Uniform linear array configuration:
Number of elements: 8
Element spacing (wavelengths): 1
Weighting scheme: kaiser
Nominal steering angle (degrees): -30
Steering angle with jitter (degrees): -28.656
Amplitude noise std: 0.05
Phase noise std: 0.05

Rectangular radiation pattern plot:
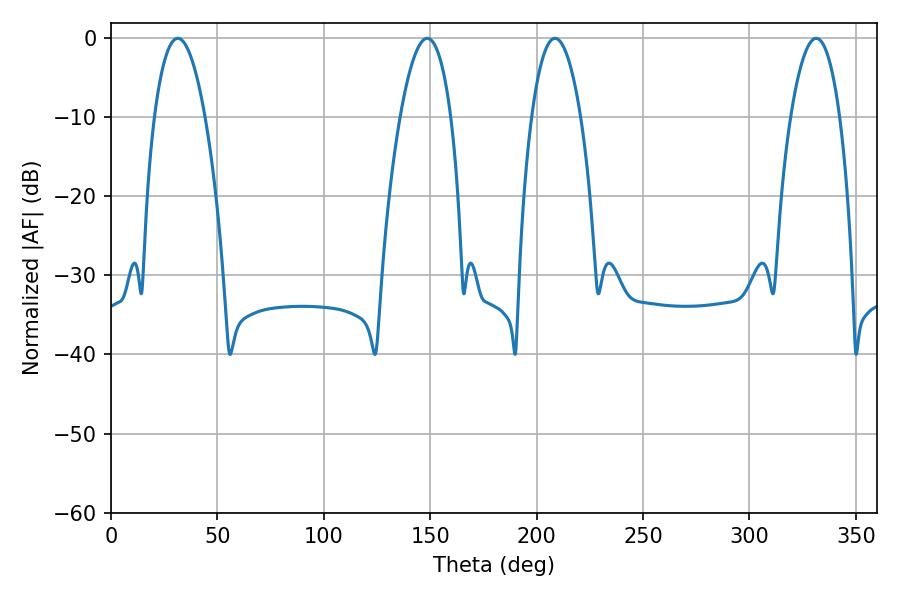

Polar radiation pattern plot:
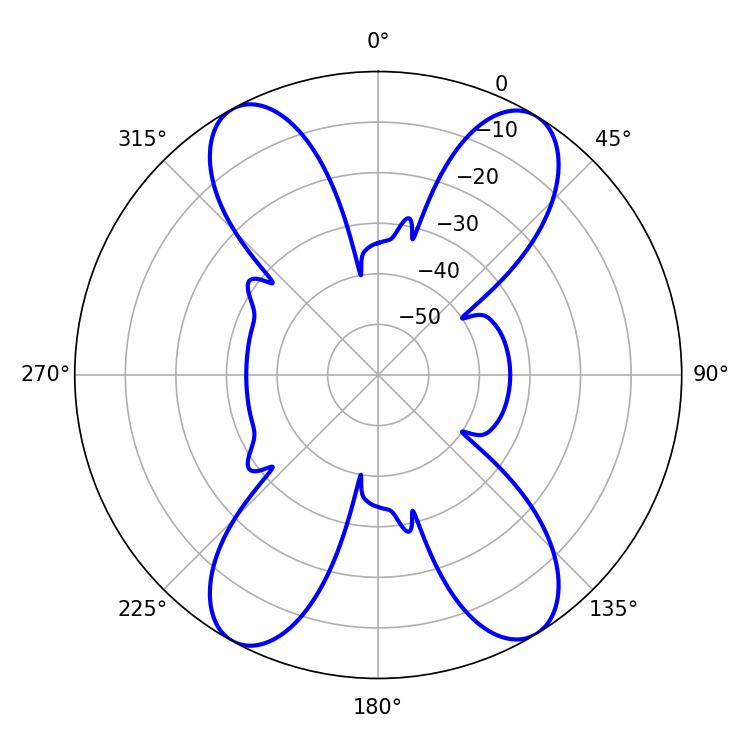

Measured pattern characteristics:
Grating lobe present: TRUE
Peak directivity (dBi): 18.404
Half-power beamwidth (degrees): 12.96
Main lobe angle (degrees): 208.62